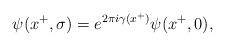
LaTeX: \begin{align*}\psi (x^+, \sigma) = e^{2\pi i\gamma(x^+)} \psi (x^+, 0), \end{align*}